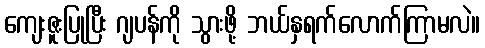
ကျေးဇူးပြုပြီး ဂျပန်ကို သွားဖို့ ဘယ်နှရက်လောက်ကြာမလဲ။